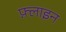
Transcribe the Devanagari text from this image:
फ़्लाइन